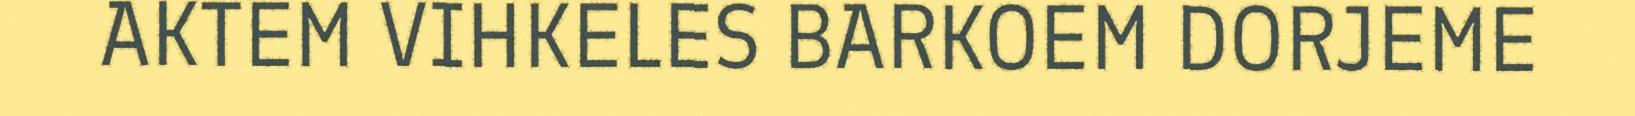
AKTEM VIHKELES BARKOEM DORJEME